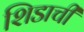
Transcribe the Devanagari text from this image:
शिडाची